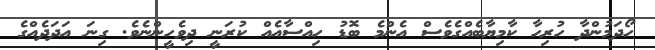
ހޯދަމުންދާ ހުރިހާ ކާމިޔާބެއްގެވެސް އެންމެ ބޮޑު ހިއްސާއެއް ކުރަނީ ދިވެހީންނެވެ. ގިނަ އަދަދެއްގެ